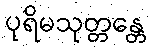
ပုရိမသုတ္တန္တေ